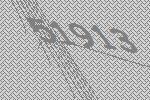
51913